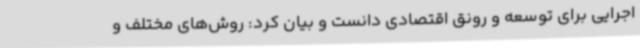
اجرایی برای توسعه و رونق اقتصادی دانست و بیان کرد: روش‌های مختلف و